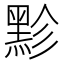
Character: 𪐲